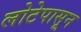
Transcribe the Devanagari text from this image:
लोटेपासून